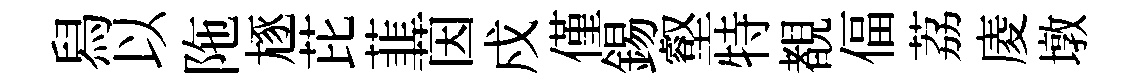
舄以陁豗芘韮茵戍僅錫壑特覩偪荔庱墩